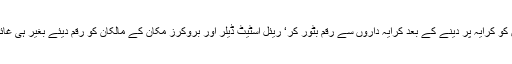
مگر گھروں کو کرایہ پر دینے کے بعد کرایہ داروں سے رقم بٹور کر‘ ریئل اسٹیٹ ڈیلر اور بروکرز مکان کے مالکان کو رقم دیئے بغیر ہی غائب ہو گئے ۔